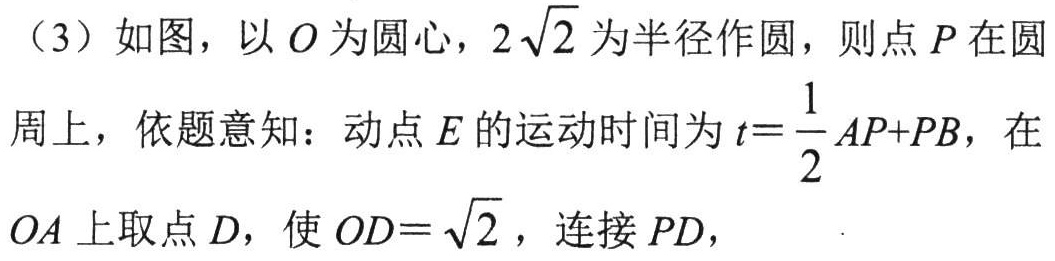
（3）如图，以$O$为圆心，$2\sqrt{2}$为半径作圆，则点$P$在圆周上，依题意知：动点$E$的运动时间为$t = \dfrac{1}{2}AP + PB$，在$OA$上取点$D$，使$OD=\sqrt{2}$，连接$PD$，